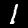
Digit: 1